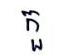
កួ